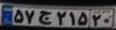
۵۷ج۲۱۵۲۰